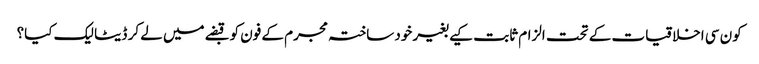
کون سی اخلاقیات کے تحت الزام ثابت کیے بغیر خود ساختہ مجرم کے فون کو قبضے میں لے کر ڈیٹا لیک کیا؟